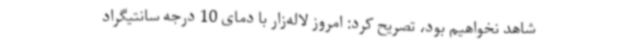
شاهد نخواهیم بود، تصریح کرد: امروز لاله‌زار با دمای 10 درجه سانتیگراد